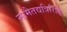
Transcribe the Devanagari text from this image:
नामैतद्यत्रिरिति